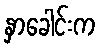
နှာခေါင်းက